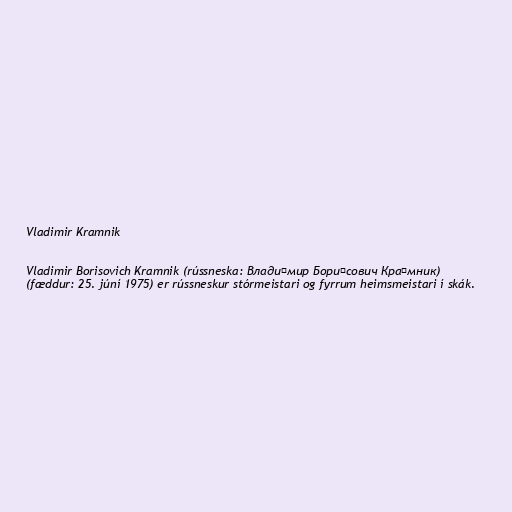
Vladimir Kramnik

Vladimir Borisovich Kramnik (rússneska: Влади́мир Бори́сович Кра́мник)
(fæddur: 25. júní 1975) er rússneskur stórmeistari og fyrrum heimsmeistari í skák.